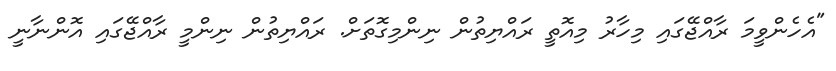
"އެހެންވީމަ ރާއްޖޭގައި މިހާރު މިއޮތީ ރައްޔިތުން ނިންމިގޮތަށް. ރައްޔިތުން ނިންމީ ރާއްޖޭގައި އޮންނާނީ